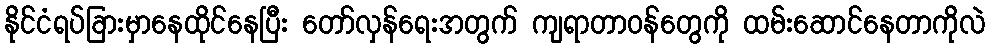
နိုင်ငံရပ်ခြားမှာနေထိုင်နေပြီး တော်လှန်ရေးအတွက် ကျရာတာဝန်တွေကို ထမ်းဆောင်နေတာကိုလဲ